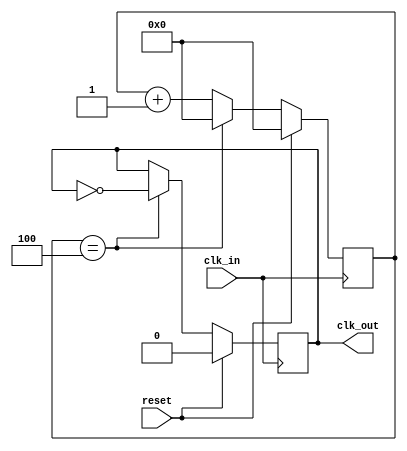
module clock_divider(
	input reset,
	input clk_in,
	output reg clk_out
);

parameter DIVIDE_FACTOR = 8;

reg [31:0] div_counter;
always @(posedge clk_in) begin
	if(reset) begin
		div_counter <= 32'd0;
		clk_out <= 1'b0;
	end else begin
		div_counter <= div_counter + 32'd1;
		if(div_counter == DIVIDE_FACTOR/2) begin
			div_counter <= 32'd0;
			clk_out <= ~clk_out;
		end
	end
end

endmodule